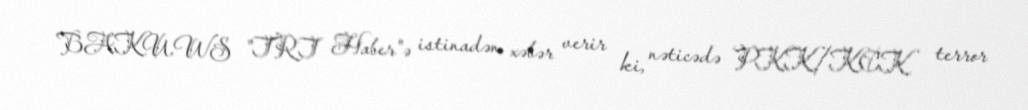
BAKU.WS "TRT Haber"ə istinadən xəbər verir ki, nəticədə PKK/KCK terror